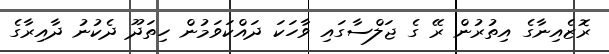
ރޮޒެއިނާގެ އިތުރުން ރޭ ގެ ޖަލްސާގައި ވާހަކަ ދައްކަވަމުން ހިތަދޫ ދެކުނު ދާއިރާގެ